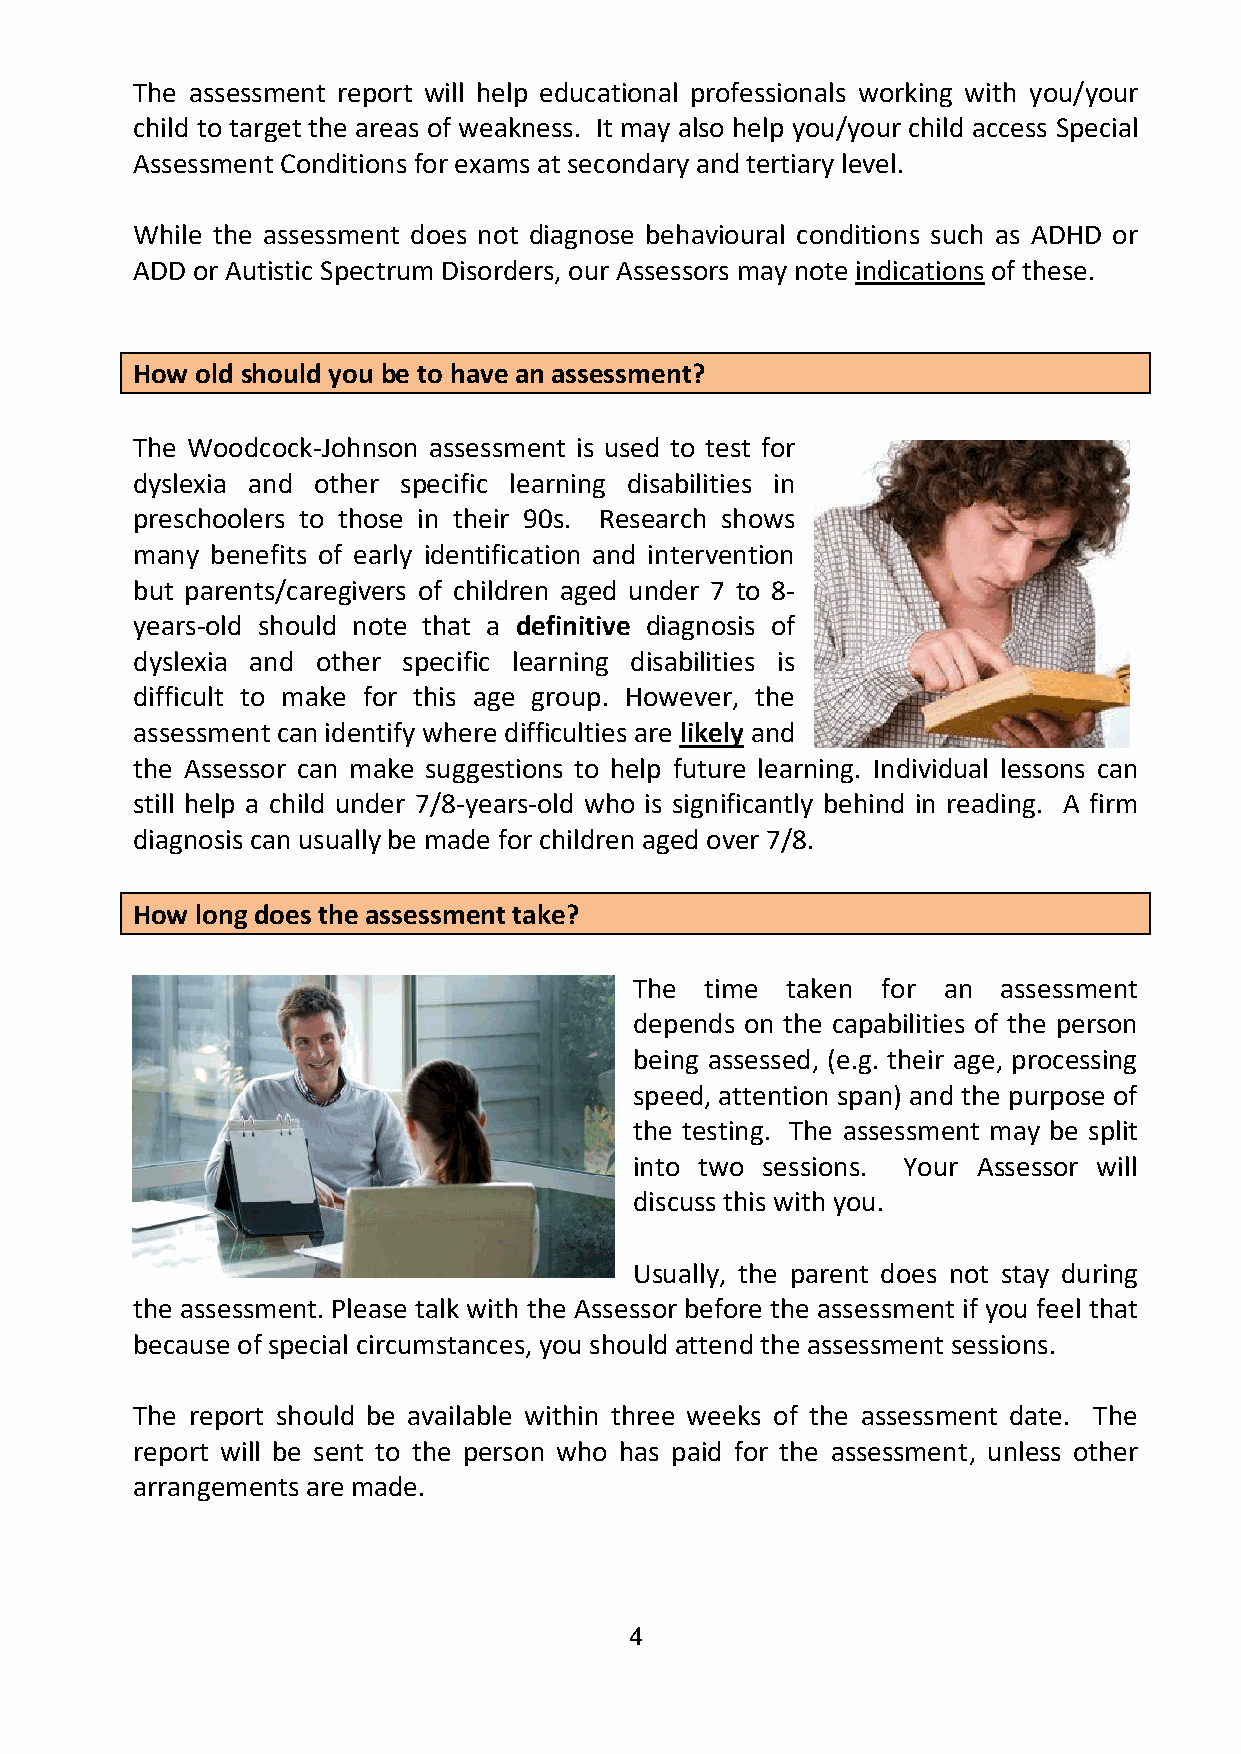
The assessment report will help educational professionals working with you/your
 child to target the areas of weakness. It may also help you/your child access Special
 Assessment Conditions for exams at secondary and tertiary level.
 While the assessment does not diagnose behavioural conditions such as ADHD or
 ADD or Autistic Spectrum Disorders, our Assessors may note indications of these.
 How old should you be to have an assessment?
 The Woodcock-Johnson assessment is used to test for
 dyslexia and other specific learning disabilities in
 preschoolers to those in their 90s. Research shows
 many benefits of early identification and intervention
 but parents/caregivers of children aged under 7 to 8-
 years-old should note that a definitive diagnosis of
 dyslexia and other specific learning disabilities is
 difficult to make for this age group. However, the
 assessment can identify where difficulties are likely and
 the Assessor can make suggestions to help future learning. Individual lessons can
 still help a child under 7/8-years-old who is significantly behind in reading. A firm
 diagnosis can usually be made for children aged over 7/8.
 How long does the assessment take?
 The  time taken for an  assessment
 depends on the capabilities of the person
 being assessed, (e.g. their age, processing
 speed, attention span) and the purpose of
 the testing. The assessment may be split
 into two sessions. Your Assessor will
 discuss this with you.
 Usually, the parent does not stay during
 the assessment. Please talk with the Assessor before the assessment if you feel that
 because of special circumstances, you should attend the assessment sessions.
 The report should be available within three weeks of the assessment date. The
 report will be sent to the person who has paid for the assessment, unless other
 arrangements are made.
 4